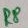
Text: R8